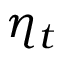
\eta _ { t }